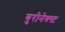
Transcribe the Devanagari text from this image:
युरोनेक्स्ट